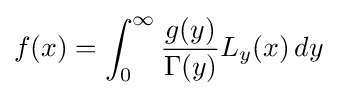
f(x)=\int _{0}^{\infty }{\frac {g(y)}{\Gamma (y)}}L_{y}(x)\,dy